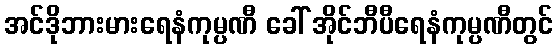
အင်ဒိုဘားမားရေနံကုမ္ပဏီ ခေါ် အိုင်ဘီပီရေနံကုမ္ပဏီတွင်